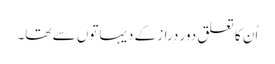
اُن کا تعلق دور دراز کے دیہاتوں سے تھا۔